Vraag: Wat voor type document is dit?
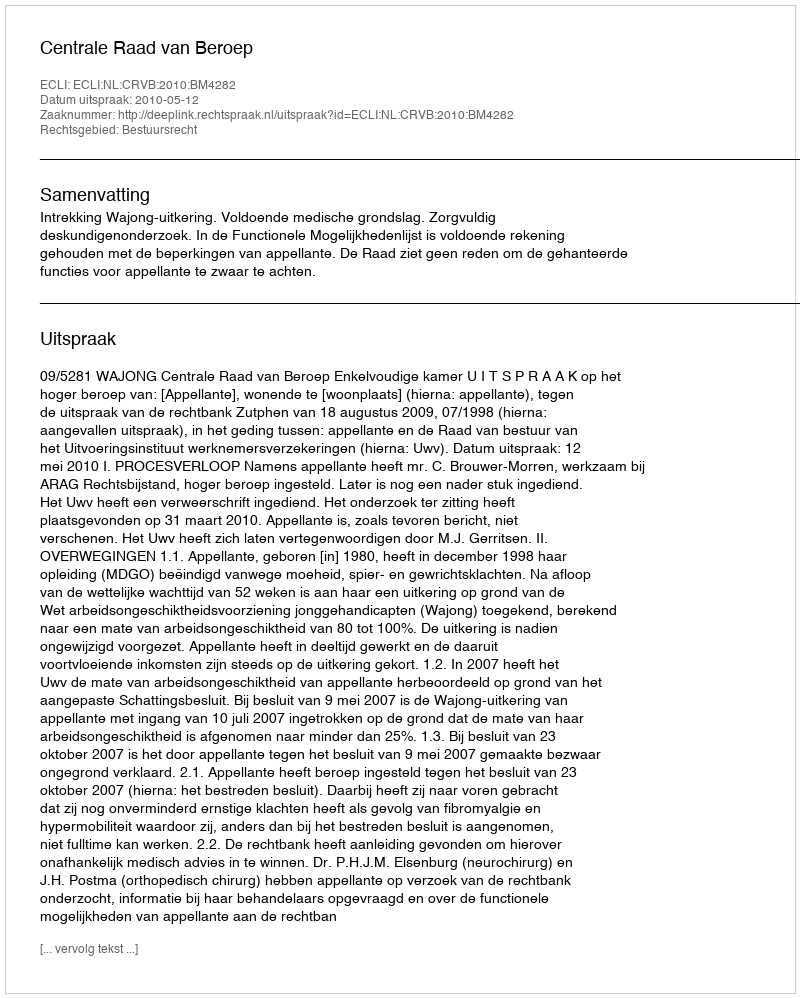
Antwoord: Uitspraak